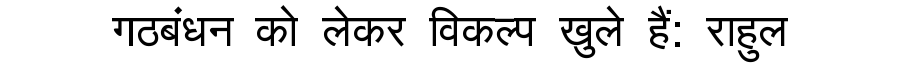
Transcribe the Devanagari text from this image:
गठबंधन को लेकर विकल्प खुले हैं: राहुल